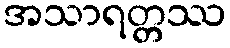
အသာရတ္တဿ